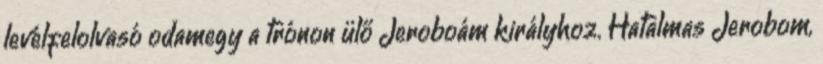
levélfelolvasó odamegy a trónon ülő Jeroboám királyhoz. Hatalmas Jerobom,